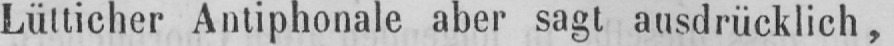
Lütticher Antiphonale aber sagt ausdrücklich,